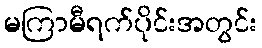
မကြာမီရက်ပိုင်းအတွင်း